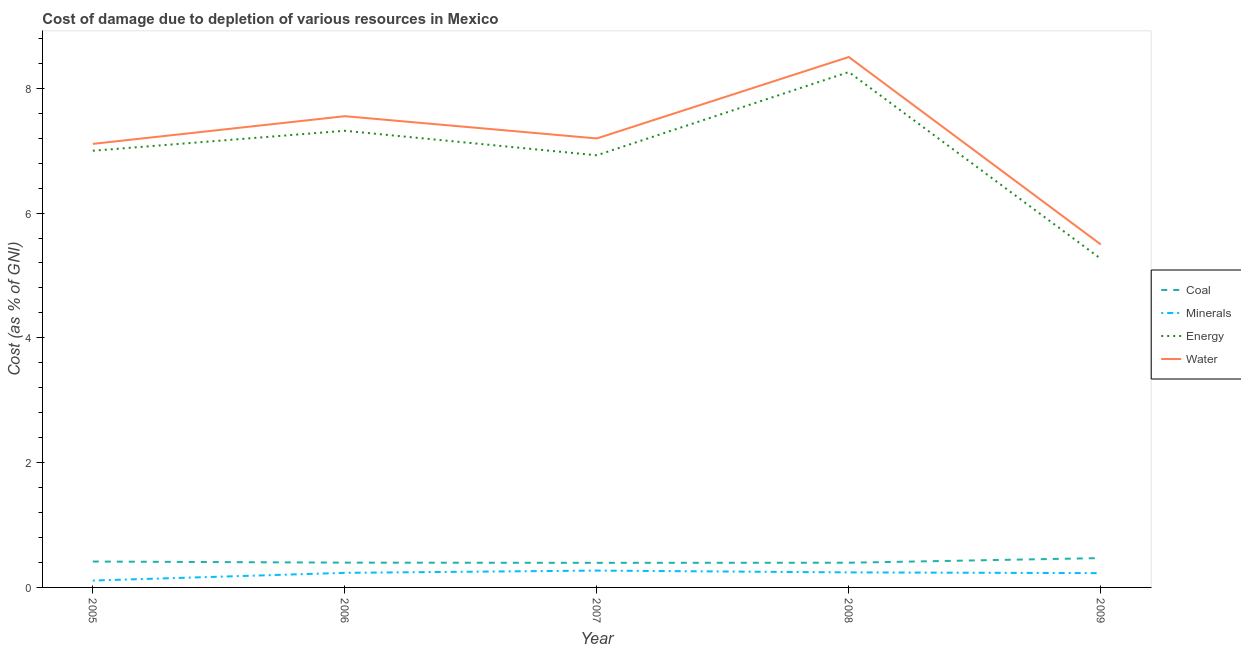
| Year | Coal | Minerals | Energy | Water |
 | --- | --- | --- | --- | --- |
 | 2005 | 0.415 | 0.11 | 7 | 7.11 |
 | 2006 | 0.397 | 0.234 | 7.32 | 7.55 |
 | 2007 | 0.394 | 0.27 | 6.93 | 7.2 |
 | 2008 | 0.396 | 0.241 | 8.26 | 8.5 |
 | 2009 | 0.47 | 0.229 | 5.27 | 5.5 |